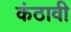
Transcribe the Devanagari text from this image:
कंठावी